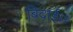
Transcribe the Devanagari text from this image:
बिदाई।।